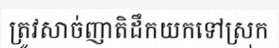
ត្រូវសាច់ញាតិដឹកយកទៅស្រុក